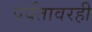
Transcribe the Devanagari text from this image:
पर्वतावरही